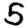
Digit: 5